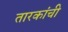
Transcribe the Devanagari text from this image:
तारकांची